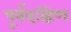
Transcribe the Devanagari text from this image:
पूर्वदक्षिण